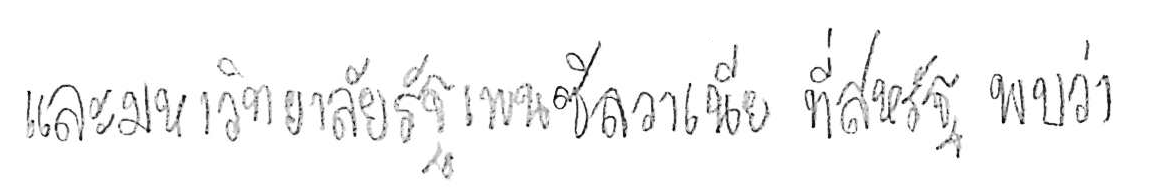
และมหาวิทยาลัยรัฐเพนซิลวาเนีย ที่สหรัฐ พบว่า